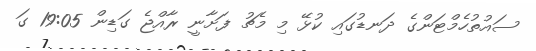
ސައުތުހެމްޓަންގެ ދަނޑުގައި ކުޅޭ މި މެޗު ފަށާނީ ރާއްޖެ ގަޑިން 19:05 ގަ